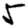
Digit: 5